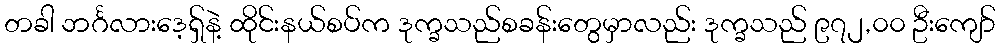
တခါ ဘင်္ဂလားဒေ့ရှ်နဲ့ ထိုင်းနယ်စပ်က ဒုက္ခသည်စခန်းတွေမှာလည်း ဒုက္ခသည် ၉၇၂,၀၀ ဦးကျော်